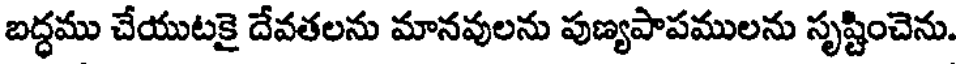
బద్ధము చేయుటకై దేవతలను మానవులను పుణ్యపాపములను సృష్టించెను.